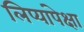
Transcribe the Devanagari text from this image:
लिप्यांपेक्षा